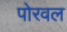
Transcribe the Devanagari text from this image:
पोरवल